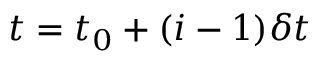
t = t _ { 0 } + ( i - 1 ) \delta t